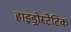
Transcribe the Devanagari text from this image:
हाइड्रोस्टेटिक